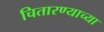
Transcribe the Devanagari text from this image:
चितारण्याच्या